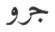
جرو